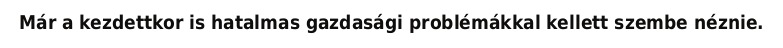
Már a kezdettkor is hatalmas gazdasági problémákkal kellett szembe néznie.